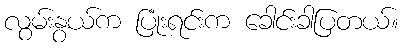
လွမ်းနွယ်က ပြုံးရင်းက ခေါင်းခါပြတယ်။